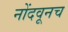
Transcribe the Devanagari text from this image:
नोंदवूनच